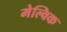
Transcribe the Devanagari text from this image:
मेल्विक